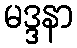
မဒ္ဒနာ